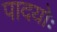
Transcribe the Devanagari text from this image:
पादयोः